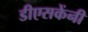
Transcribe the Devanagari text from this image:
डीएसकेंनी